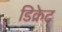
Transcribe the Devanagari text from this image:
डिक्रेट